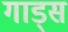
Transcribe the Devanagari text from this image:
गाड्स